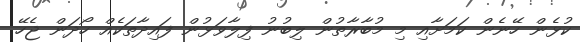
ކުޅެން ހޭނެން ކަމަށާއި މި މުބާރާތުން ލިބުނު ފިލާވަޅުން ފައިދާތަކެއް ހޯދަން ޖެހޭ